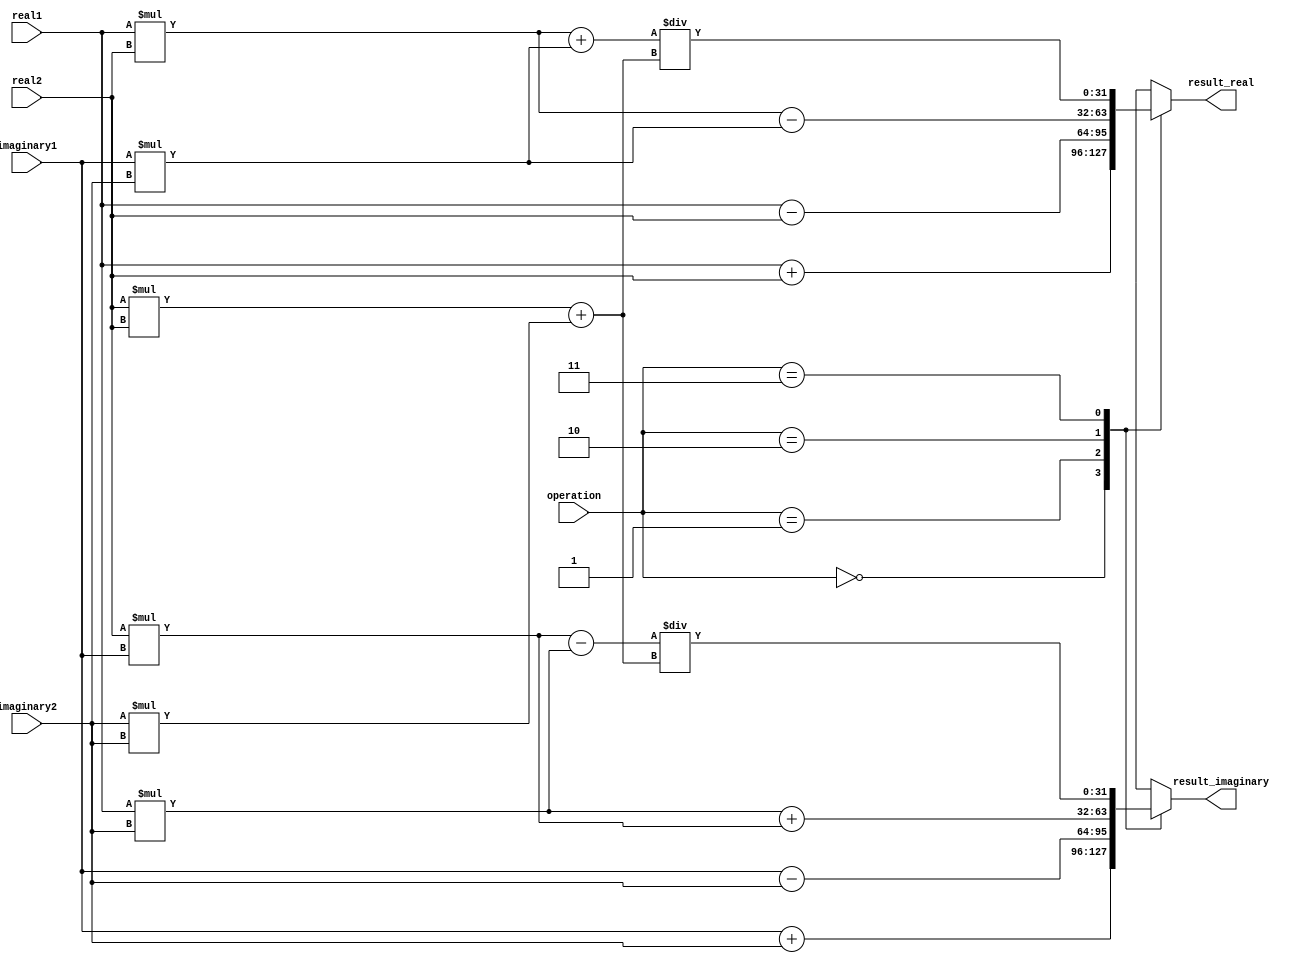
module ComplexALU (
    input wire signed [31:0] real1,
    input wire signed [31:0] imaginary1,
    input wire signed [31:0] real2,
    input wire signed [31:0] imaginary2,
    input wire [1:0] operation,
    output wire signed [31:0] result_real,
    output wire signed [31:0] result_imaginary
);

reg signed [31:0] temp_real, temp_imaginary;

always @*
begin
    case(operation)
        2'b00: // addition
            begin
                temp_real = real1 + real2;
                temp_imaginary = imaginary1 + imaginary2;
            end
        2'b01: // subtraction
            begin
                temp_real = real1 - real2;
                temp_imaginary = imaginary1 - imaginary2;
            end
        2'b10: // multiplication
            begin
                temp_real = (real1 * real2) - (imaginary1 * imaginary2);
                temp_imaginary = (real1 * imaginary2) + (real2 * imaginary1);
            end
        2'b11: // division
            begin
                temp_real = ((real1 * real2) + (imaginary1 * imaginary2)) / ((real2 * real2) + (imaginary2 * imaginary2));
                temp_imaginary = ((real2 * imaginary1) - (real1 * imaginary2)) / ((real2 * real2) + (imaginary2 * imaginary2));
            end
    endcase
end

assign result_real = temp_real;
assign result_imaginary = temp_imaginary;

endmodule